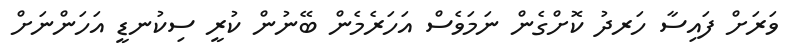
ވަރަށް ފައިސާ ހަރދު ކޮށްގެން ނަމަވެސް އަހަރެމެން ބޭނުން ކުރީ ސިކުނޑީ އަހަންނަށް